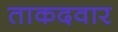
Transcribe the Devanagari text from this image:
ताकदवार